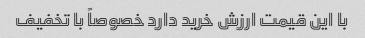
با این قیمت ارزش خرید دارد خصوصاً با تخفیف